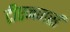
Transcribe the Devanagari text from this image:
टीएनजर्स